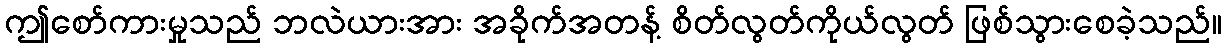
ဤစော်ကားမှုသည် ဘလဲယားအား အခိုက်အတန့် စိတ်လွတ်ကိုယ်လွတ် ဖြစ်သွားစေခဲ့သည်။